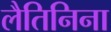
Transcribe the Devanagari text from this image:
लैतिनिना